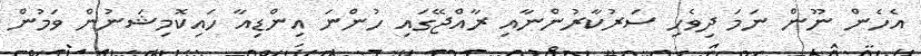
އެހެން ނޫން ނަމަ ދިވެހި ސަރުކާރުންނާއި ރާއްޖޭގައި ހުންނަ އިންޑިއާ ހައިކޮމިޝަނުން ވަމުން